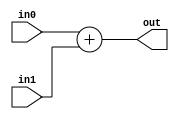
module Adder (in0,in1,out);

input [31:0] in0;
input [31:0] in1;

output [31:0] out;

//add
	assign out = in0 + in1;

endmodule